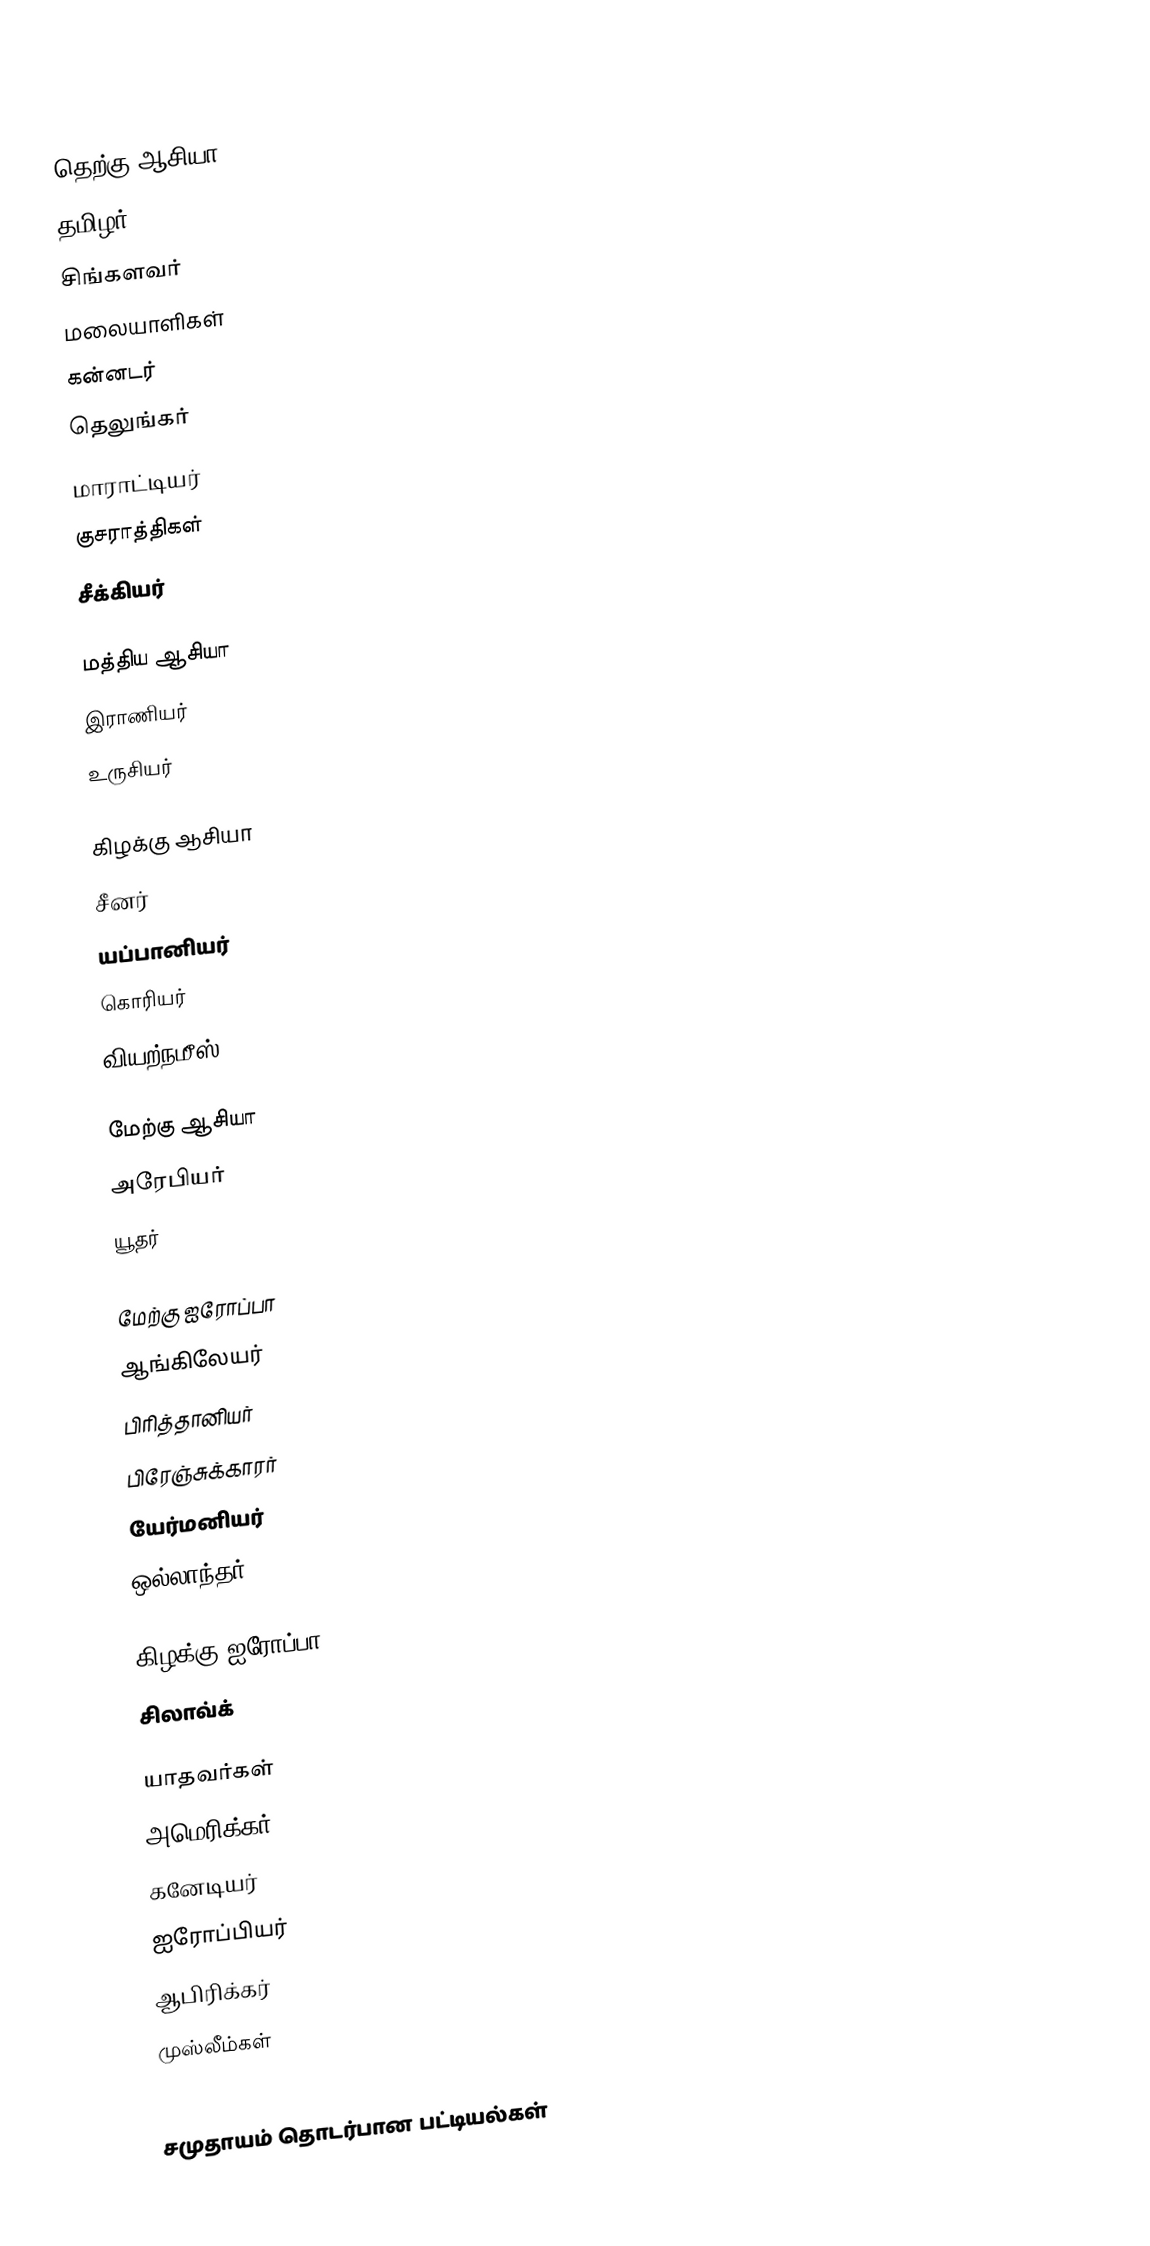

தெற்கு ஆசியா
 தமிழர்
 சிங்களவர்
 மலையாளிகள்
 கன்னடர்
 தெலுங்கர்
 மாராட்டியர்
 குசராத்திகள்
 சீக்கியர்

மத்திய ஆசியா
 இராணியர்
 உருசியர்

கிழக்கு ஆசியா
 சீனர்
 யப்பானியர்
 கொரியர்
 வியற்நமீஸ்

மேற்கு ஆசியா
 அரேபியர்
 யூதர்

மேற்கு ஐரோப்பா
 ஆங்கிலேயர்
 பிரித்தானியர்
 பிரேஞ்சுக்காரர்
 யேர்மனியர்
 ஒல்லாந்தர்

கிழக்கு ஐரோப்பா
 சிலாவ்க்

 யாதவர்கள்
 அமெரிக்கர்
 கனேடியர்
 ஐரோப்பியர்
 ஆபிரிக்கர்
 முஸ்லீம்கள்

சமுதாயம் தொடர்பான பட்டியல்கள்